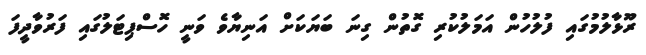
ރޫޅާލުމުގައި ފުލުހުން އަމަލުކުރި ގޮތުން ގިނަ ބަޔަކަށް އަނިޔާވެ ވަނީ ހޮސްޕިޓަލުގައި ފަރުވާދީފަ